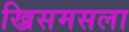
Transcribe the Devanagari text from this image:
ख्रिसमसला